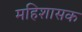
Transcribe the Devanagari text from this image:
महिशासक